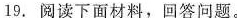
19.阅读下面材料，回答问题。